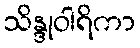
သိန္ဒုဝါရိကာ